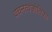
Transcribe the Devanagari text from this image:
वचनत्वजोतिका